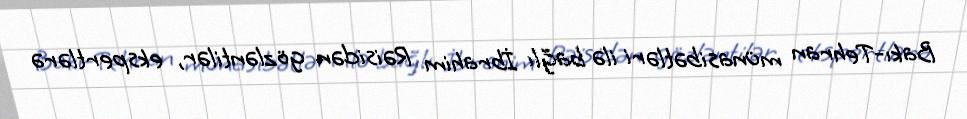
Bakı-Tehran münasibətləri ilə bağlı İbrahim Rəisidən gözləntilər, ekspertlərə